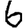
Digit: 6